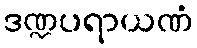
ဒဏ္ဍပရာယဏံ